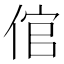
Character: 倌